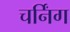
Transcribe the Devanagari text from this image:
चर्निंग